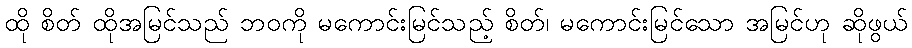
ထို စိတ် ထိုအမြင်သည် ဘဝကို မကောင်းမြင်သည့် စိတ်၊ မကောင်းမြင်သော အမြင်ဟု ဆိုဖွယ်